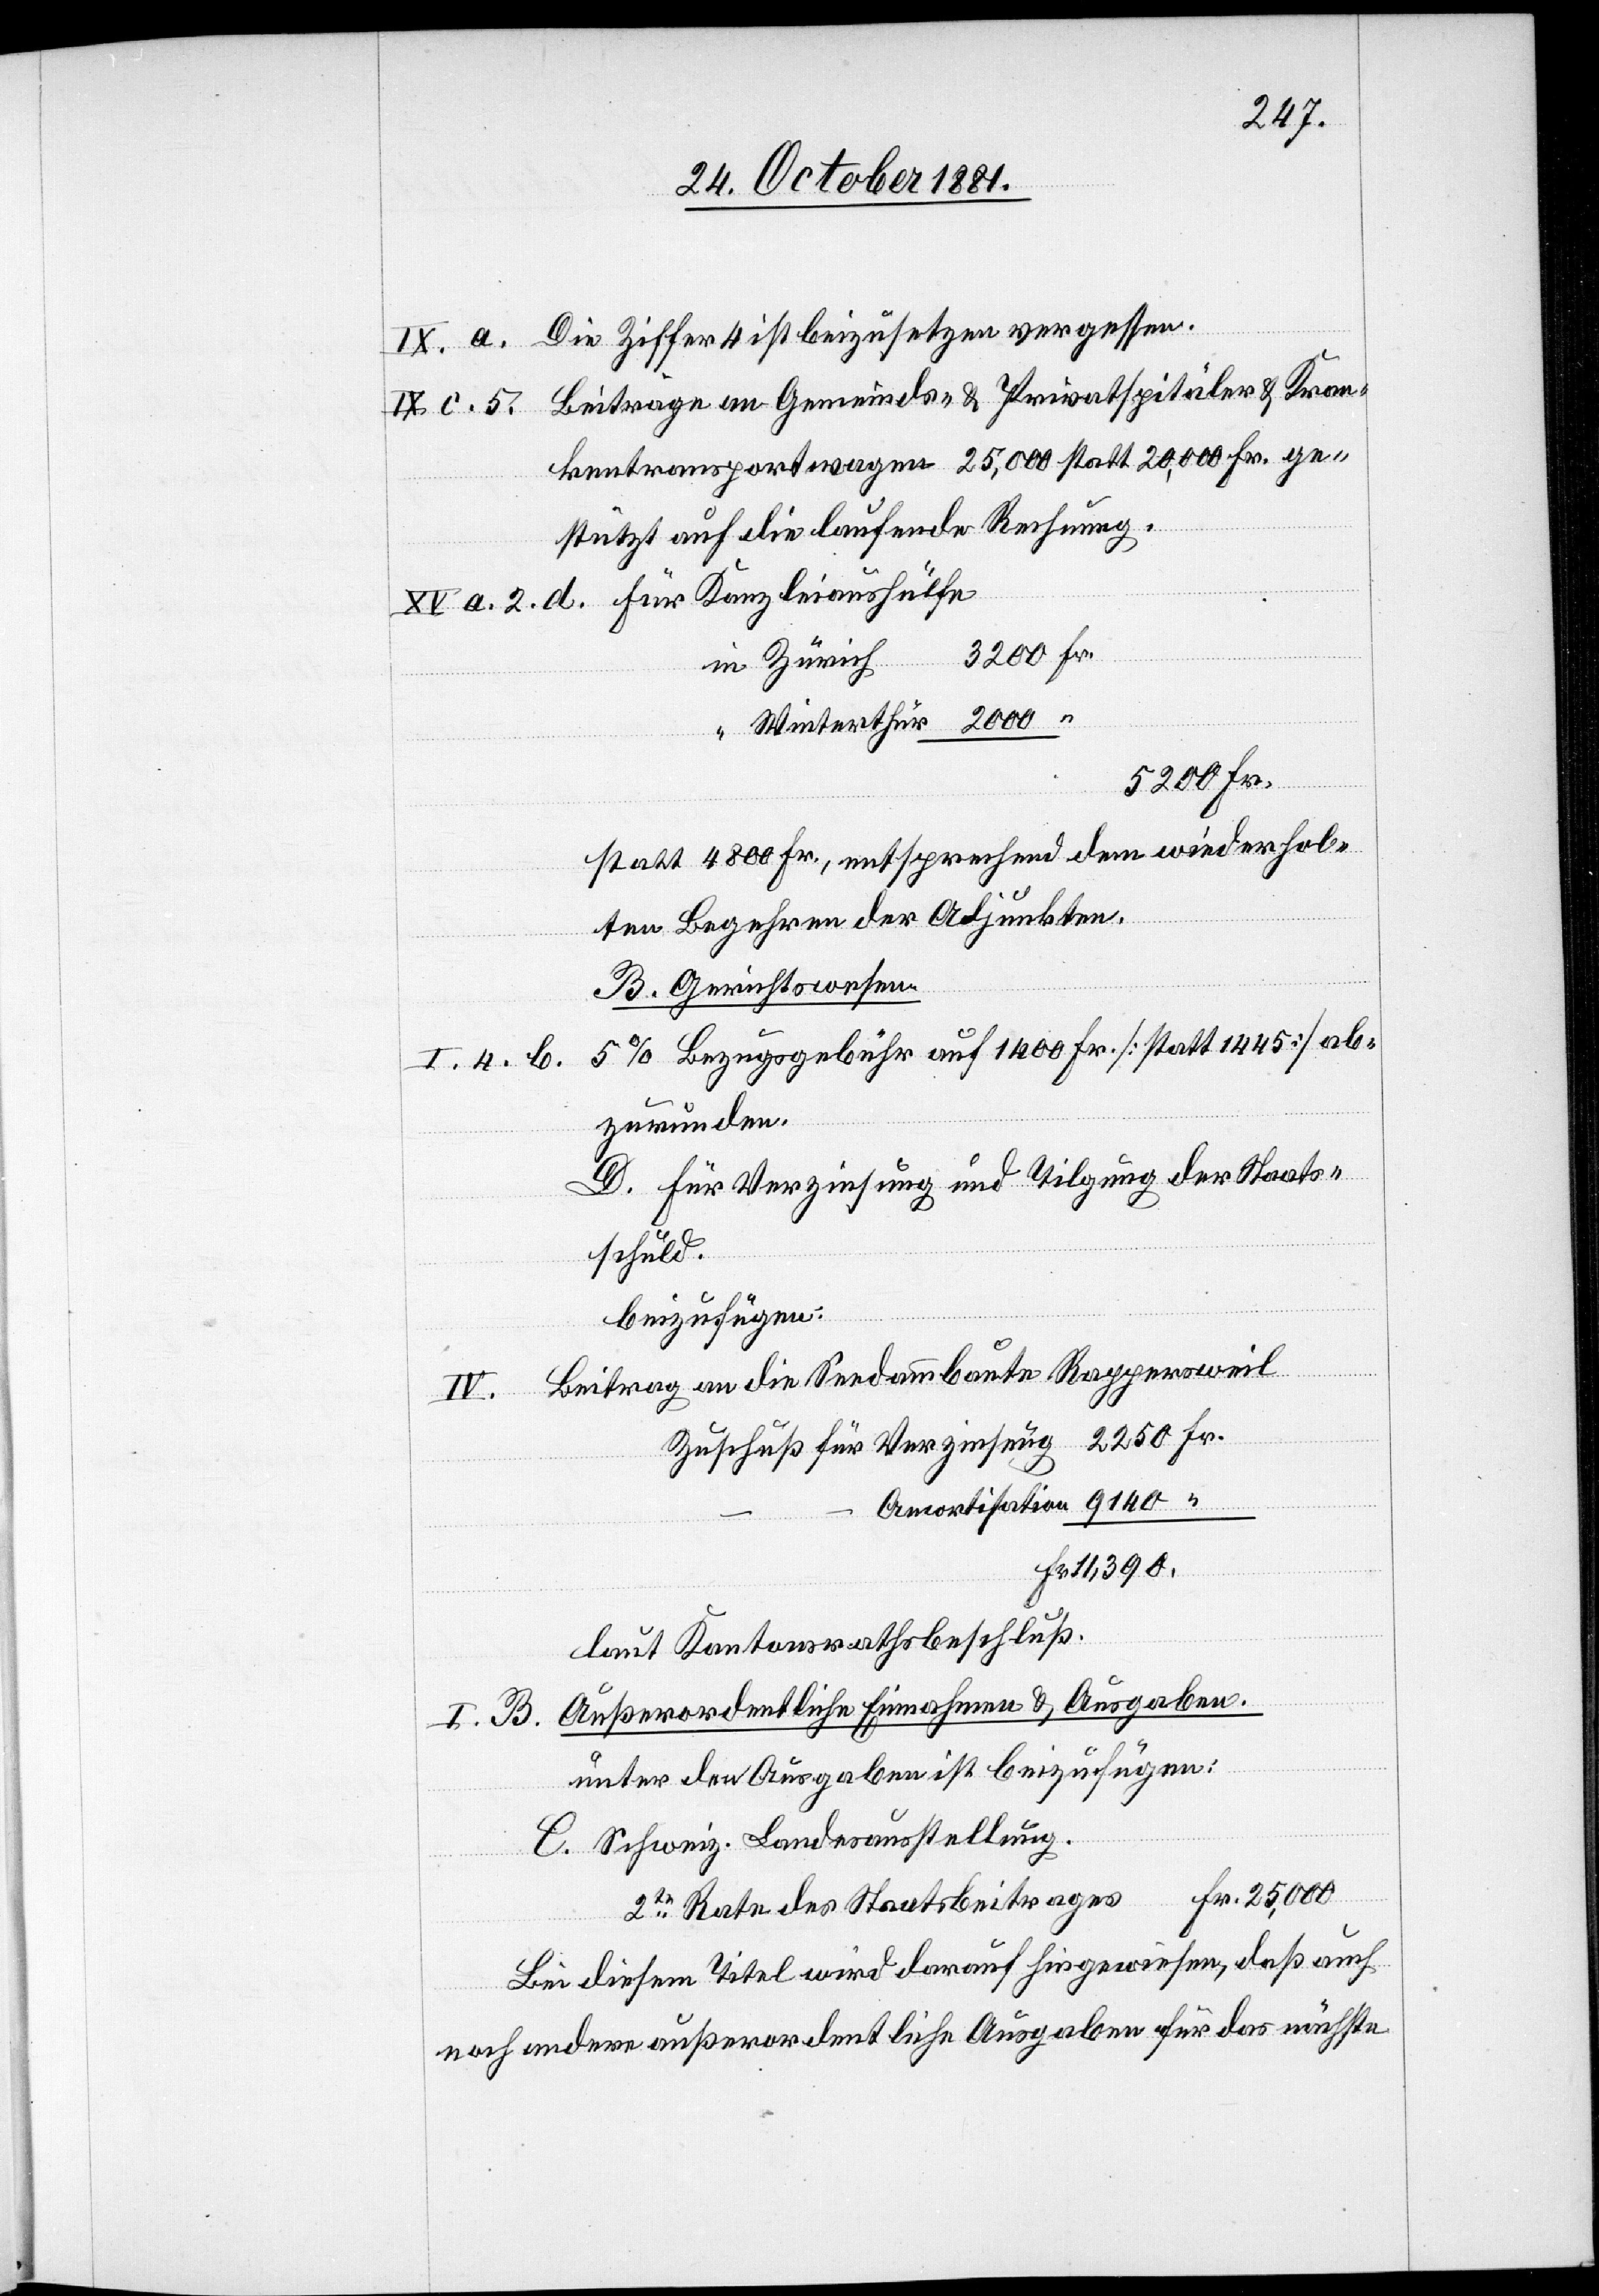
B.
IX. a. Die Ziffer 4 ist beizusetzen vergessen.
IX. c. 5. Beiträge an Gemeinds- & Privatspitäler & Kran¬
kentransportwagen 25,000 statt 20,000 Fr. ge¬
stützt auf die laufende Rechnung.
XV. a. 2. d. Für Kanzleiaushülfe
in Zürich
“ Winterthur 2000 “
5200 Fr.
statt 4800 Fr., entsprechend den wiederhol¬
ten Begehren der Adjunkten.
B. Gerichtswesen
5% Bezugsgebühr auf 1400 Fr. [statt 1445] ab¬
I. 4. b.
zurunden.
D. Für Verzinsung und Tilgung der Staats¬
schuld.
beizufügen:
I.
IV. Beitrag an die Seedammbaute Rappersweil
Zuschuß für Verzinsung 2250 Fr.
“
Amortisation 9140 “
Fr. 11,390.
laut Kantonsrathsbeschluß.
Außerordentliche Einnahmen & Ausgaben.
unter den Ausgaben ist beizufügen:
C. Schweiz. Landesausstellung.
2te Rate des Staatsbeitrages Fr. 25,000
Bei diesem Titel wird darauf hingewiesen, daß auch
noch andere außerordentliche Ausgaben für das nächste